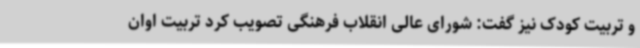
و تربیت کودک نیز گفت: شورای عالی انقلاب فرهنگی تصویب کرد تربیت اوان